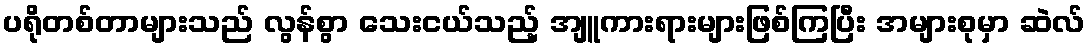
ပရိုတစ်တာများသည် လွန်စွာ သေးငယ်သည့် အျူကားရားများဖြစ်ကြပြီး အများစုမှာ ဆဲလ်